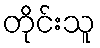
တိုင်းသူ